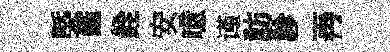
槩鑑銓安噫谨訪診再